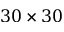
3 0 \times 3 0